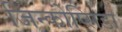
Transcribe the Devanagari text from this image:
जिन्कोप्सिडा